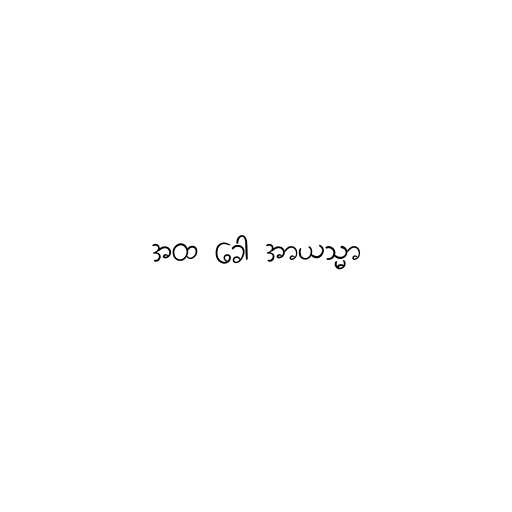
အထ ခေါ အာယသ္မာ